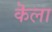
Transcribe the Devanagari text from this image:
कॆला